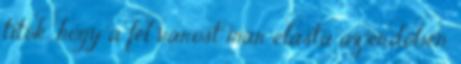
titok, hogy a fél várost már elásta az erdőben,